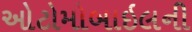
ઓટોમોબાઇલની